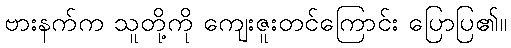
ဗားနက်က သူတို့ကို ကျေးဇူးတင်ကြောင်း ပြောပြ၏။